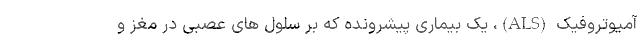
آمیوتروفیک (ALS)، یک بیماری پیشرونده که بر سلول های عصبی در مغز و